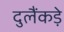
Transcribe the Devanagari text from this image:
दुलैंकड़े